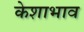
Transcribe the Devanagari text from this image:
केशाभाव